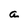
Character: a